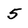
Character: 5